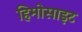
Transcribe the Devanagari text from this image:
हिमोसाइट